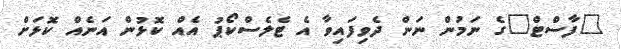
"ފާސްޓް"ގެ ނަމުން ނަން ދެވިފައިވާ އެ ޓެލެސްކޯޕު އެއް ކޮޅުން އަނެއް ކޮޅަށް